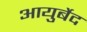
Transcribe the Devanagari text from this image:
आयुर्बेद